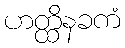
ဟတ္ထိနခကံ